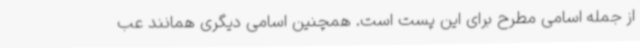
از جمله اسامی مطرح برای این پست است. همچنین اسامی دیگری همانند عب